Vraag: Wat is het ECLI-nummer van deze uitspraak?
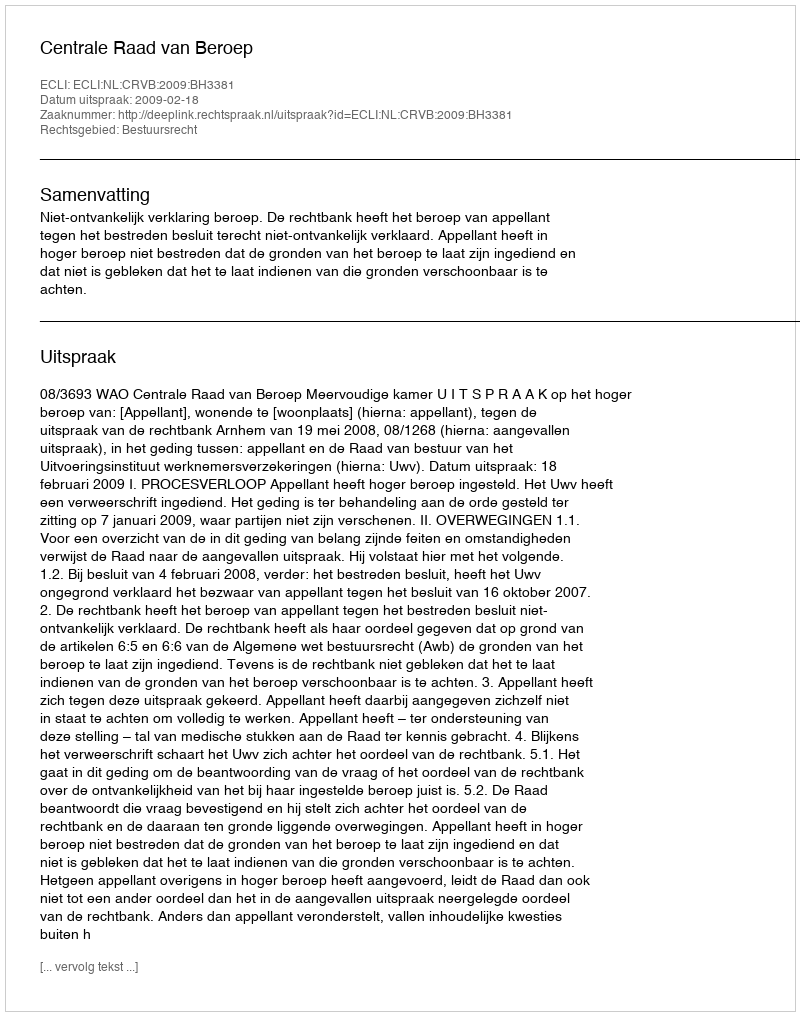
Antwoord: ECLI:NL:CRVB:2009:BH3381